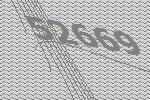
52669